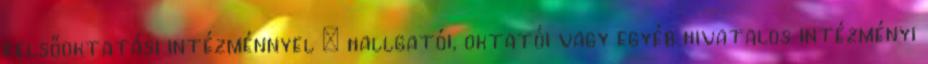
felsőoktatási intézménnyel – hallgatói, oktatói vagy egyéb hivatalos intézményi